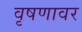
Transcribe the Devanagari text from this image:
वृषणावर